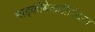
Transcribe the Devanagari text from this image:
माइकोबेकटीरियल